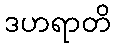
ဒဟရာတိ